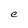
Character: e